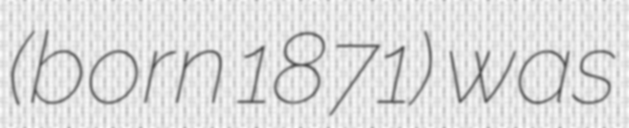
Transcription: (born 1871) was